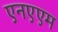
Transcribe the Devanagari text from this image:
एनएएम